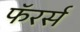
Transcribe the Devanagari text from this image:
फॅरर्स